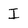
Character: I